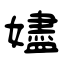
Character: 嬧